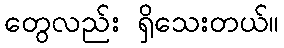
တွေလည်း ရှိသေးတယ်။